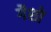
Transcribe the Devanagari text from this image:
गैशो